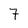
Character: 7